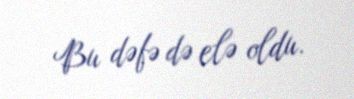
Bu dəfə də elə oldu.